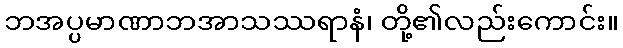
ဘအပ္ပမာဏာဘအာသဿရာနံ၊ တို့၏လည်းကောင်း။